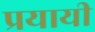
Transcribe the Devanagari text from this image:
प्रयायी